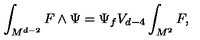
\int _ { M ^ { d - 2 } } F \wedge \Psi = \Psi _ { f } V _ { d - 4 } \int _ { M ^ { 2 } } F ,